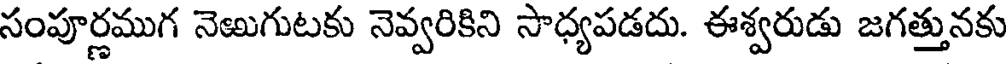
సంపూర్ణముగ నెఱుగుటకు నెవ్వరికిని సాధ్యపడదు. ఈశ్వరుడు జగత్తునకు